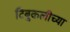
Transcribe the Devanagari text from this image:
टिबुकलीच्‍या